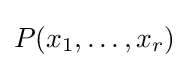
P(x_{1},\dots ,x_{r})